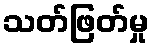
သတ်ဖြတ်မှု